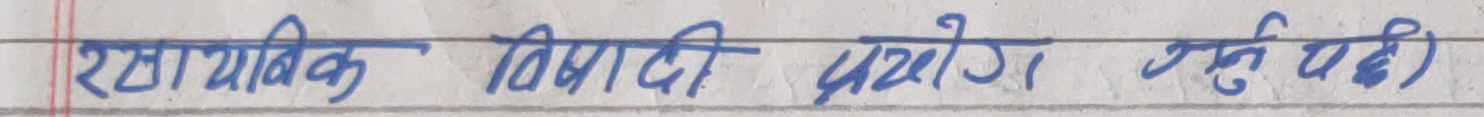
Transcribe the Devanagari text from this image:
रासायनिक विषादी प्रयोग । (अनुच्छेद)